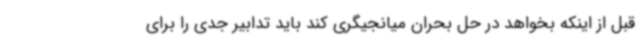
قبل از اینکه بخواهد در حل بحران میانجیگری کند باید تدابیر جدی را برای